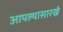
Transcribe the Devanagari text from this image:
आपल्यासारखे